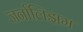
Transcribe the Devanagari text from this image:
जर्नालिझम